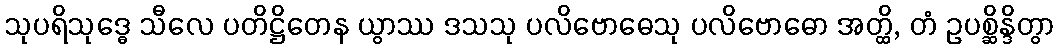
သုပရိသုဒ္ဓေ သီလေ ပတိဋ္ဌိတေန ယွာဿ ဒသသု ပလိဗောဓေသု ပလိဗောဓော အတ္ထိ, တံ ဥပစ္ဆိန္ဒိတွာ